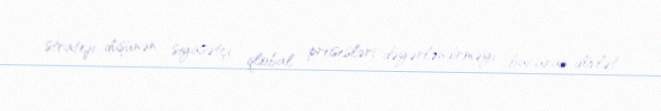
strateji düşünən siyasətçi, qlobal prosesləri dəyərləndirməyi bacaran dövlət